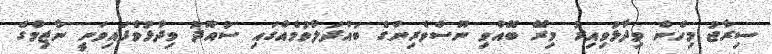
ސިރާޖު މިހެން ވިދާޅުވިއިރު މިރޭ ބޭއްވި ނޫސްވެރިންގެ ބައްދަލުވުމެއްގައި ސުއޫދު ވިދާޅުވެފައިވަނީ ނާޒިމްގެ